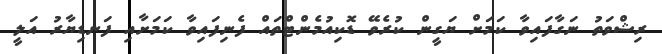
ރިޝްވަތު ނަގާފައިވާ ކަމަށް ޔަގީން ކުރެވޭ ޑޮކިއުމެންޓްތައް ފެނިފައިވާ ކަމަށާއި ފަނޑިޔާރު އަލީ